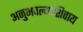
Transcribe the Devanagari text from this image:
अनुभवल्याशिवाय